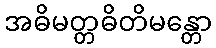
အဓိမတ္တဓိတိမန္တော